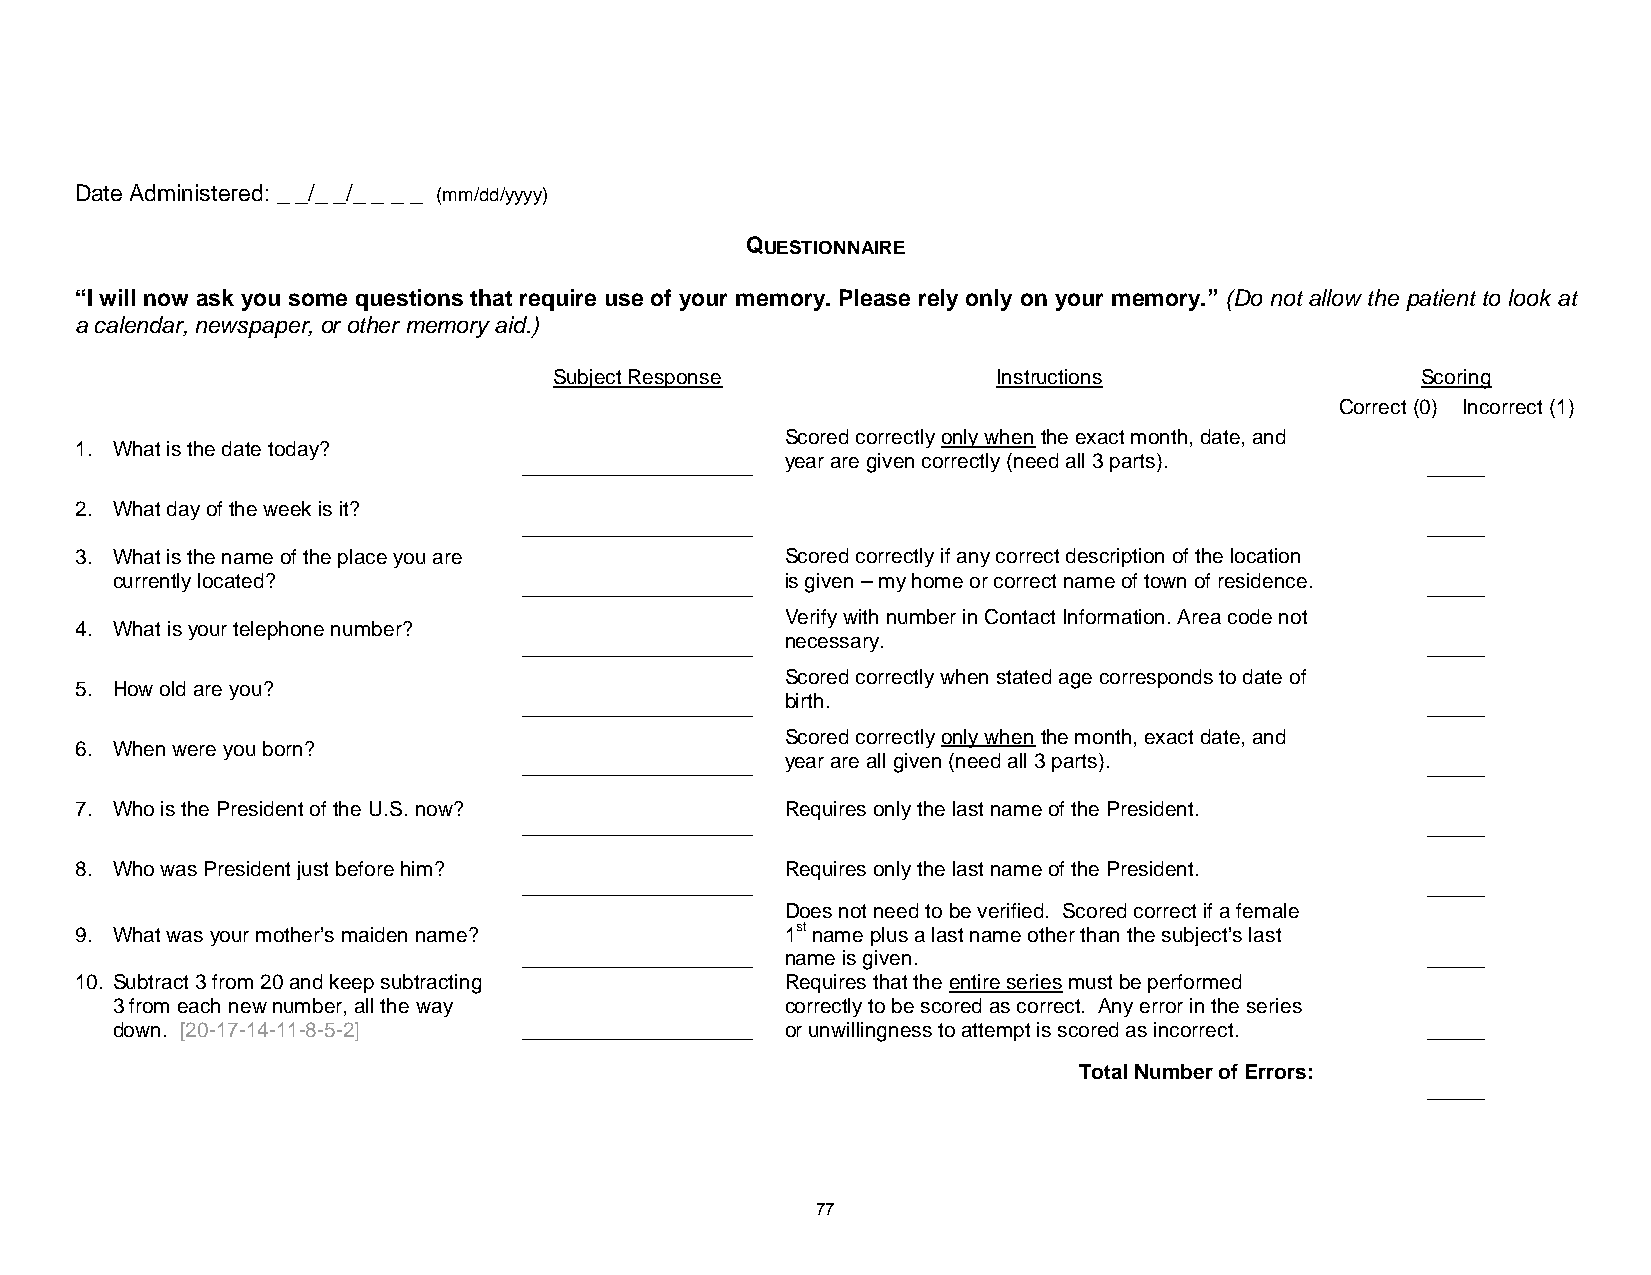
Date Administered: _ _/_ _/_ _ _ _ (mm/dd/yyyy)
 QUESTIONNAIRE
 “I will now ask you some questions that require use of your memory. Please rely only on your memory.” (Do not allow the patient to look at
 a calendar, newspaper, or other memory aid.)
 Subject Response             Instructions                Scoring
 Correct (0) Incorrect (1)
 Scored correctly only when the exact month, date, and
 1. What is the date today?
 ____________________ year are given correctly (need all 3 parts). _____
 2. What day of the week is it?
 ____________________                                       _____
 3. What is the name of the place you are       Scored correctly if any correct description of the location
 currently located?          ____________________ is given – my home or correct name of town of residence. _____
 Verify with number in Contact Information. Area code not
 4. What is your telephone number?
 ____________________ necessary.                            _____
 Scored correctly when stated age corresponds to date of
 5. How old are you?
 ____________________ birth.                                _____
 Scored correctly only when the month, exact date, and
 6. When were you born?
 ____________________ year are all given (need all 3 parts). _____
 7. Who is the President of the U.S. now?       Requires only the last name of the President.
 ____________________                                       _____
 8. Who was President just before him?          Requires only the last name of the President.
 ____________________                                       _____
 Does not need to be verified. Scored correct if a female
 9. What was your mother’s maiden name?         1st name plus a last name other than the subject’s last
 ____________________ name is given.                        _____
 10. Subtract 3 from 20 and keep subtracting    Requires that the entire series must be performed
 3 from each new number, all the way          correctly to be scored as correct. Any error in the series
 down. [20-17-14-11-8-5-2]   ____________________ or unwillingness to attempt is scored as incorrect. _____
 Total Number of Errors:
 _____
 77